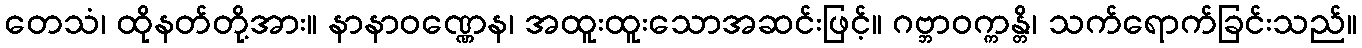
တေသံ၊ ထိုနတ်တို့အား။ နာနာဝဏ္ဏေန၊ အထူးထူးသောအဆင်းဖြင့်။ ဂဗ္ဘာဝက္ကန္တိ၊ သက်ရောက်ခြင်းသည်။